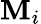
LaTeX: \mathbf{M}_{i}